Indian journal of veterinary science and animal husbandry - Volumes 15-17, 1948-1951
Year: 1948
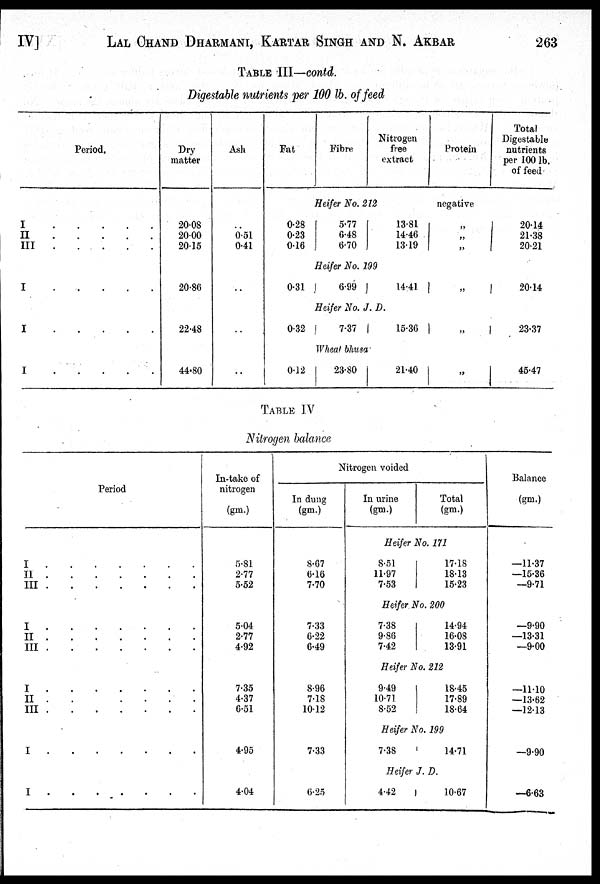
IV] LAL CHAND DHARMANI, KARTAR SINGH AND N. AKBAR 263
TABLE III—contd.
Digestable nutrients per 100 lb. of feed
Period.
I
.
.
.
.
.
II
.
.
.
.
.
III
.
.
.
.
I
.
.
.
.
.
I
.
.
.
.
.
I
.
.
.
.
.
Dry
matter
20.08
20.00
20.15
20.86
22.48
44.80
Ash
0.51
0.41
..
..
..
Fat
Fibre
Nitrogen
free
extract
Heifer No. 212
0.28
0.23
0.16
0.31
0.32
0.12
5.77
6.48
6.70
13.81
14.46
13.19
Heifer No. 199
6.99
14.41
Heifer No. J. D.
7.37
15.36
Wheat bhusa
23.80
21.40
Protein
negative
„
„
„
„
„
„
Total
Digestable
nutrients
per 100 lb.
of feed
20.14
21.38
20.21
20.14
23.37
45.47
TABLE IV
Nitrogen balance
Period
I . . . . . . .
II . . . .
III
.
.
.
.
I . . . . . . .
II . . . . . . .
III . . . .
I . . . .
II . . . . .
III . . . . .
I . . . . .
I . . . .
In-take of
nitrogen
(gm.)
5.81
2.77
5.52
5.04
2.77
4.92
7.35
4.37
6.51
4.95
4.04
Nitrogen voided
In dung
(gm.)
8.67
6.16
7.70
7.33
6.22
6.49
8.96
7.18
10.12
7.33
6.25
In urine
(gm.)
Total
(gm.)
Heifer No. 171
8.51
11.97
7.53
17.18
18.13
15.23
Heifer No. 200
7.38
9.86
7.42
14.94
16-08
13.91
Heifer No. 212
9.49
10.71
8.52
18.45
17.89
18.64
Heifer No. 199
7.38
14.71
Heifer J. D.
4.42
10.67
Balance
(gm.)
—11.37
—15.36
—9.71
—9.90
—13.31
—9.00
—11.10
—13.62
—12.13
—9.90
—6.63